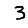
Digit: 3